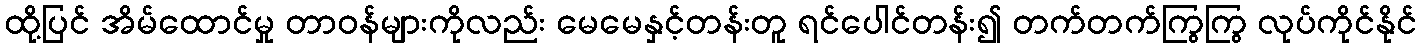
ထို့ပြင် အိမ်ထောင်မှု တာဝန်များကိုလည်း မေမေနှင့်တန်းတူ ရင်ပေါင်တန်း၍ တက်တက်ကြွကြွ လုပ်ကိုင်နိုင်